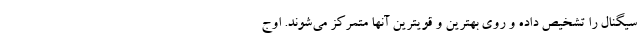
سیگنال را تشخیص داده و روی بهترین و قویترین آنها متمرکز می‌شوند. اوج